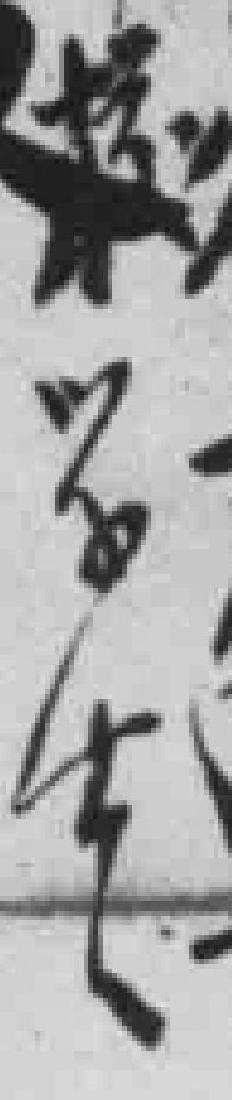
校学生